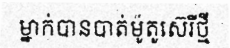
ម្នាក់បានបាត់ម៉ូតូស៊េរីថ្មី